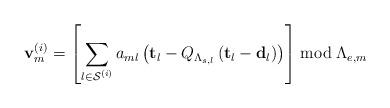
LaTeX: \begin{align*}\mathbf{v}_{m}^{\left(i\right)}=\left[\sum_{l\in\mathcal{S}^{\left(i\right)}}a_{ml}\left(\mathbf{t}_{l}-Q_{\Lambda_{s,l}}\left(\mathbf{t}_{l}-\mathbf{d}_{l}\right)\right)\right]\bmod\Lambda_{e,m}\end{align*}